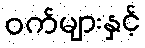
ဝက်များနှင့်